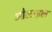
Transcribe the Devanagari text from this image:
ओलाइल